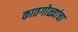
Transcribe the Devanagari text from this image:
कातगोळ्यांचा